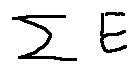
\sum E